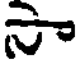
సా